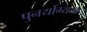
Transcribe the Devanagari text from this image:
पुनर्योग्यता